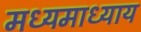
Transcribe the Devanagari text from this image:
मध्यमाध्याय